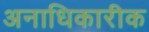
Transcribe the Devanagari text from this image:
अनाधिकारीक